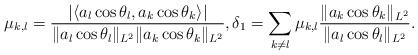
LaTeX: \begin{align*}\mu_{k,l}=\frac{\left| \langle a_l\cos\theta_l, a_{k}\cos\theta_{k}\rangle \right|}{\|a_l\cos\theta_l\|_{L^2}\|a_k\cos\theta_k\|_{L^2}},\delta_1= \sum_{k\neq l} \mu_{k,l}\frac{\|a_k\cos \theta_k\|_{L^2}}{\|a_l\cos \theta_l\|_{L^2}} .\end{align*}